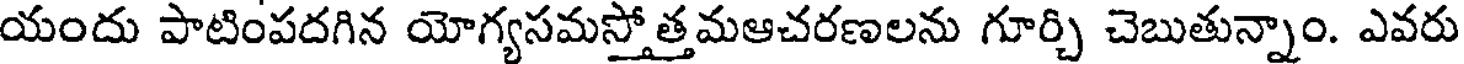
యందు పాటింపదగిన యోగ్యసమస్తోత్తమఆచరణలను గూర్చి చెబుతున్నాం. ఎవరు